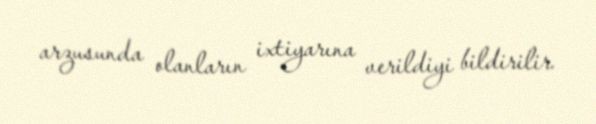
arzusunda olanların ixtiyarına verildiyi bildirilir.